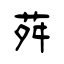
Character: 荈